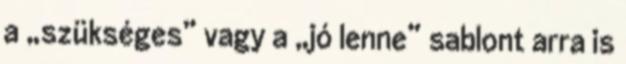
a „szükséges” vagy a „jó lenne” sablont arra is